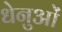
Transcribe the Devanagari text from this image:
धेनुओं